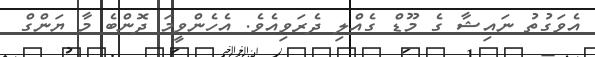
އެވަގުތު ނައިޝާ ގެ މޫޑް ގެއްލި ދެރަވިއެވެ. އެހެންވީމަ ދޮންބެ މާ ޔަންގް